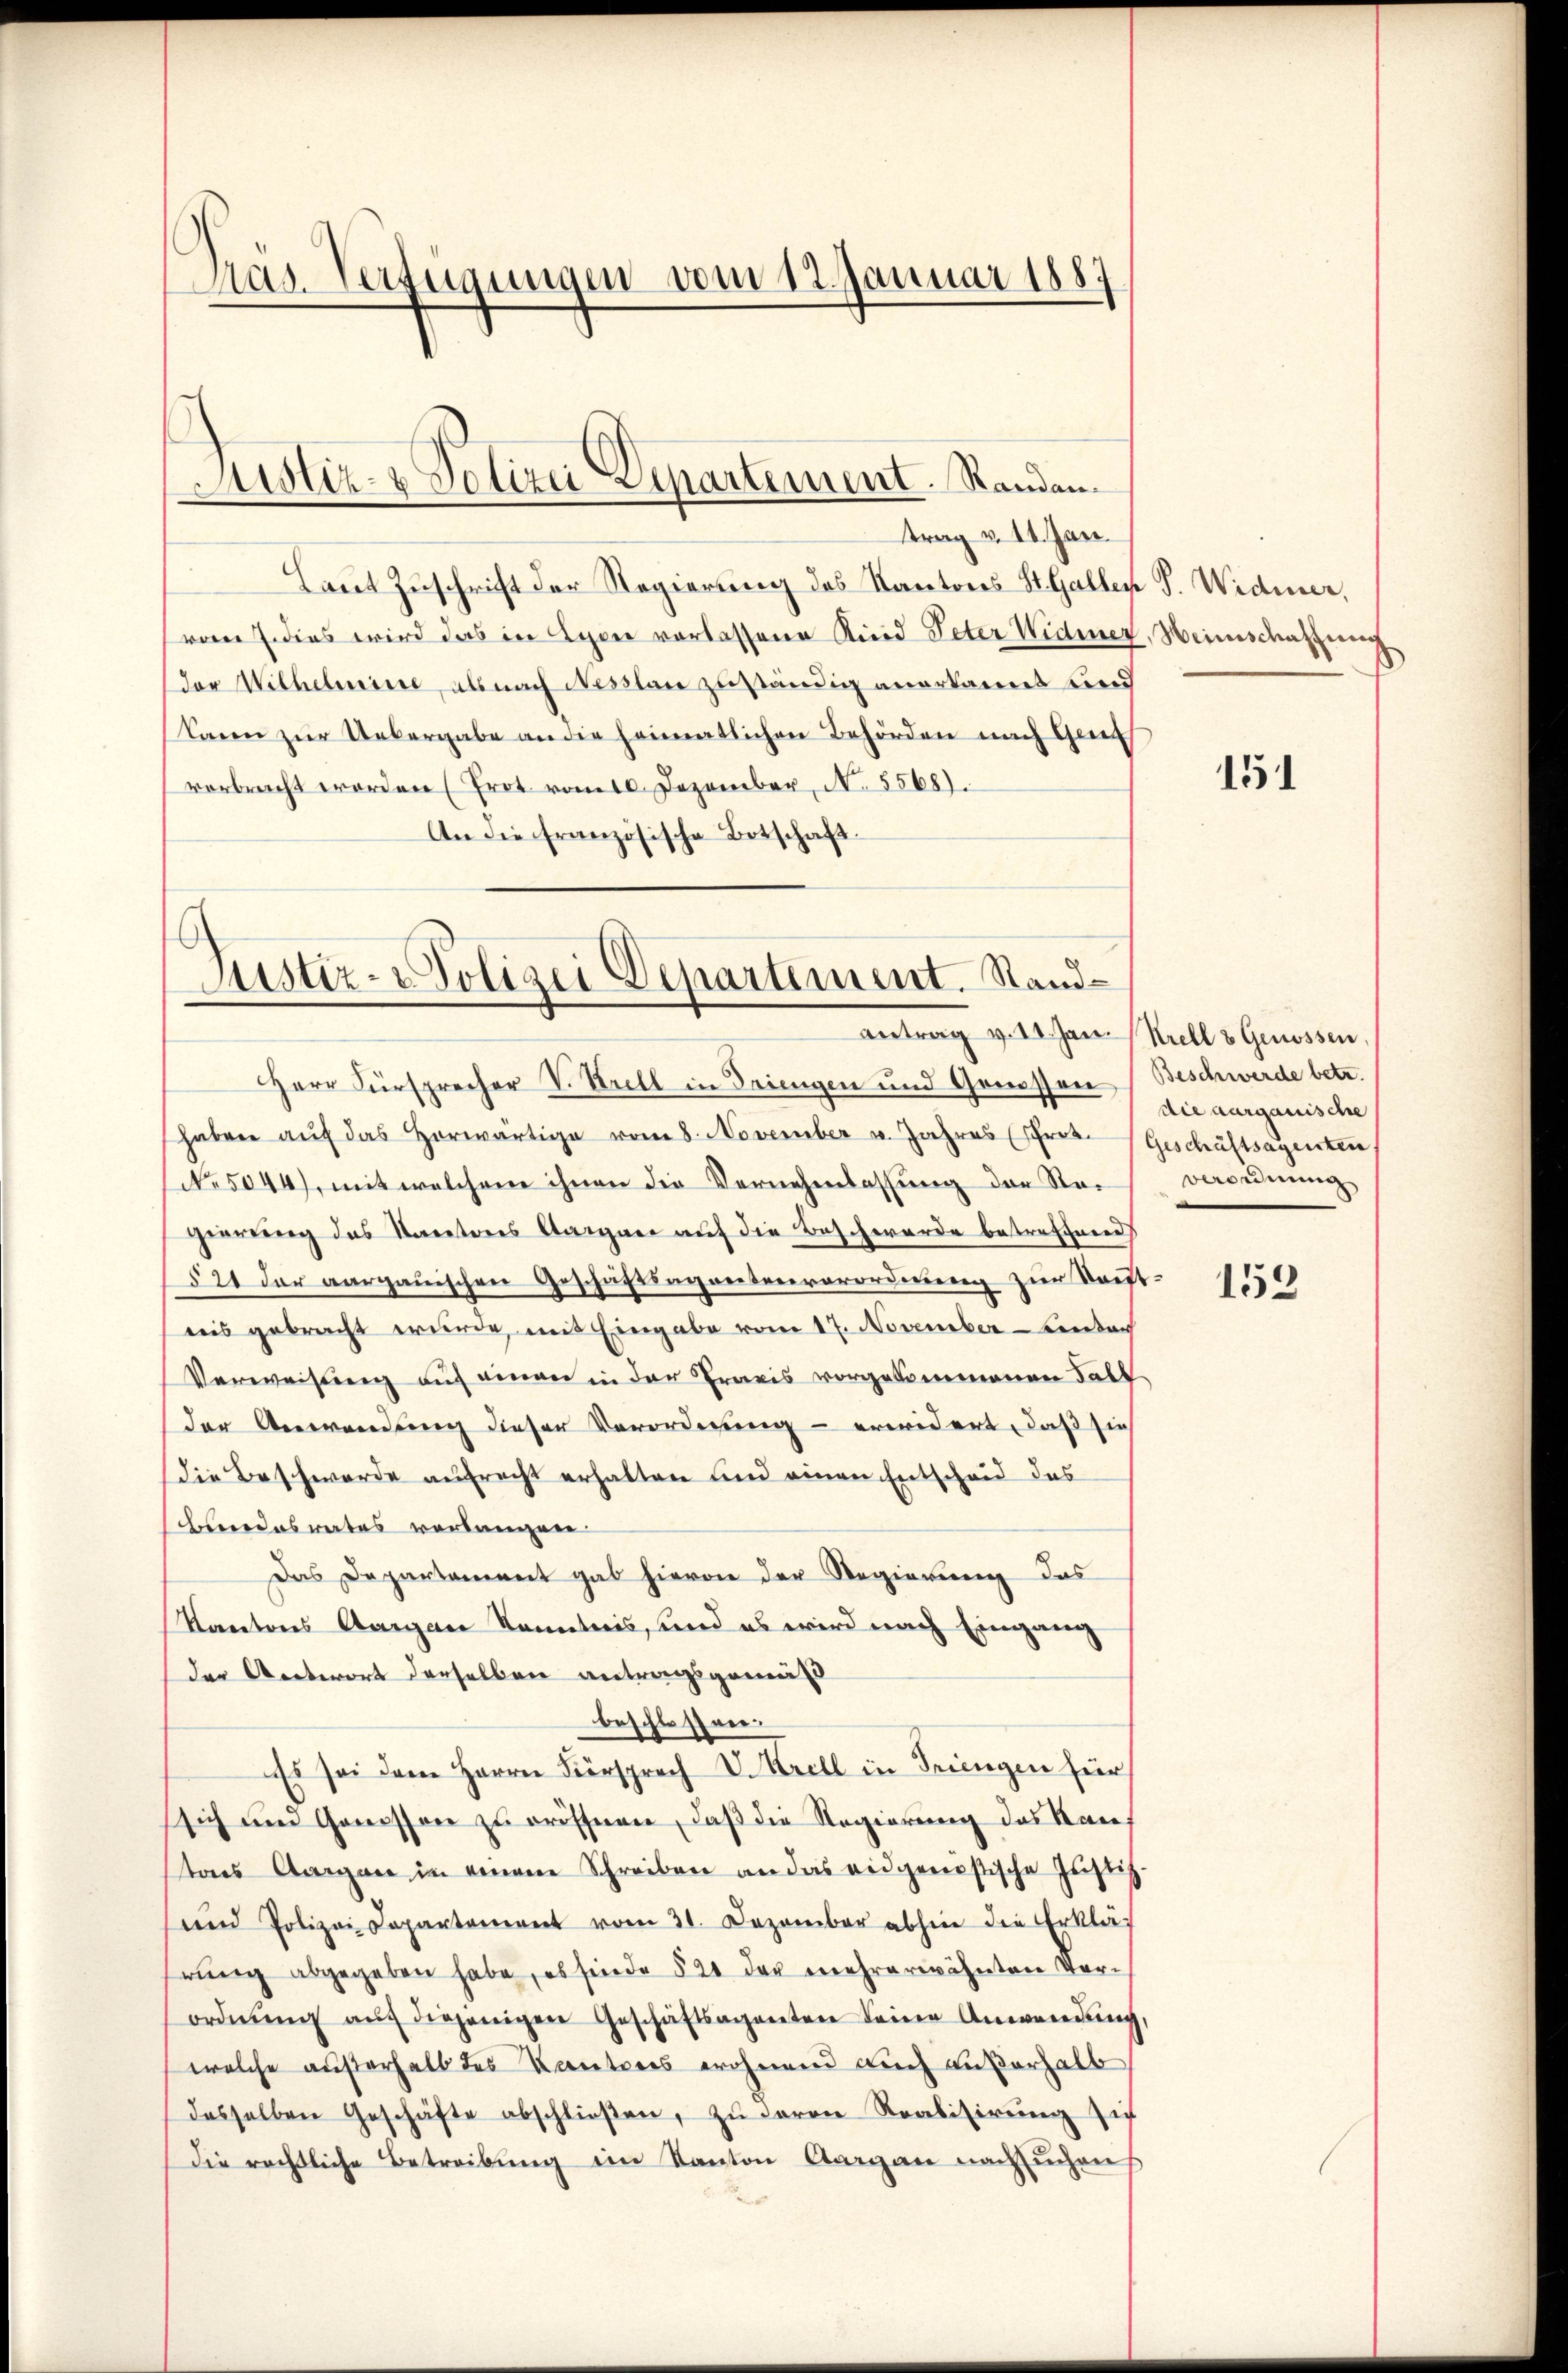
Pas. Verfügungen vom 12. Januar 1887

Justiz- & Polizei Departement. Randantrag v. 14. Jan.

Laut Zuschrift der Regierung des Kantons St. Gallen S. Widmer,
vom J. dies wird das in Lyon vorlassene Kind Peter Widmer
(der Wilhelmine, als nach Nesstan zuständig anerkannt und
(kann zur Uebergabe an die heimatlichen Behörden nach Gen
verbracht worden (Prot vom 10. Dezember, N. 5568).
An die französische Botschaft.

Justiz- Polizei Departement. Stand¬

Antrag v. 11. Jan. Kretl 8 Genossen

Herr Fürsprecher V. Keill in Seinigen und Genossen die aargauische
haben aŭf das Horwärtige vom 8. November u. Jahres (rez. Geschäftsagenten,
No 5044), mit welchem ihnen die Vernehmlassung der Reperrung des Kantons Aargaer auf die Beschwerde betreffend
§ 21 der aargauischen Geschäftsagentenverordnung zur Konftreis gebracht wurde, mit Eingabe vom 17. November-Lindach
Verweisung auf einen in der Praxis vorgekommenen Talf
der Anwendung dieser Verordnung - erwidert, daß sie
die Beschwerde aufrecht erhalten und einen Entscheid des
Beendesrates vorlangen.
Das Departament gab hievon der Regierung das
Kantons Aargau Kenntnis, und es wird nach Eingarn
der Antwort derselben antragsgemäß
beschlossen.
Es sei dem Herrn Versprach V. Krell in Triengen für
sich und Genossene zu grösserren, daß die Regierung das Rece
tons Aargau in einem Schreiben an das eidgenößische Justiz-
und Polizei Departement vom 31. Dezember abhin die Erklär
rŭng abgegeben habe, es finde § 21 der mehrerwähnten Vorordnŭng aŭf diejenigen Geschäftsagenten keine Anwendŭng,
welche außerhalb des Kantores wohnend auch außerhalb
desselben Geschäfte abschlieβen, zŭ deren Realisierŭng zie
die rechtliche Betreibŭng im Kanton Aargau nachsuchen

Weinschaffung

151

Beschwerde betr.
verordnung

153